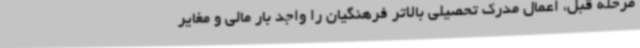
مرحله قبل، اعمال مدرک تحصیلی بالاتر فرهنگیان را واجد بار مالی و مغایر